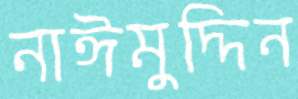
নাঈমুদ্দিন